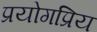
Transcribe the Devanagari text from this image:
प्रयोगप्रिय